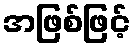
အဖြစ်ဖြင့်